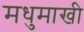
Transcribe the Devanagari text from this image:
मधुमाखी